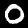
Label: 0